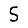
Digit: 5